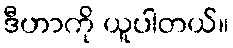
ဒီဟာကို ယူပါတယ်။